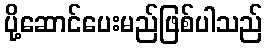
ပို့ဆောင်ပေးမည်ဖြစ်ပါသည်